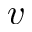
v